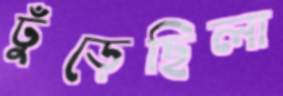
ঢুঁড়েছিলা